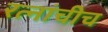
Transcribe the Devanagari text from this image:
रत्नांचीच